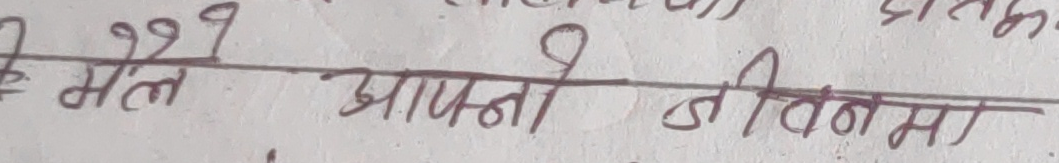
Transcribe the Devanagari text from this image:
कैले आफ्नो जीवनमा